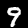
Digit: 9